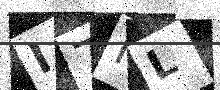
Text: I7IL